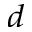
^ { d }